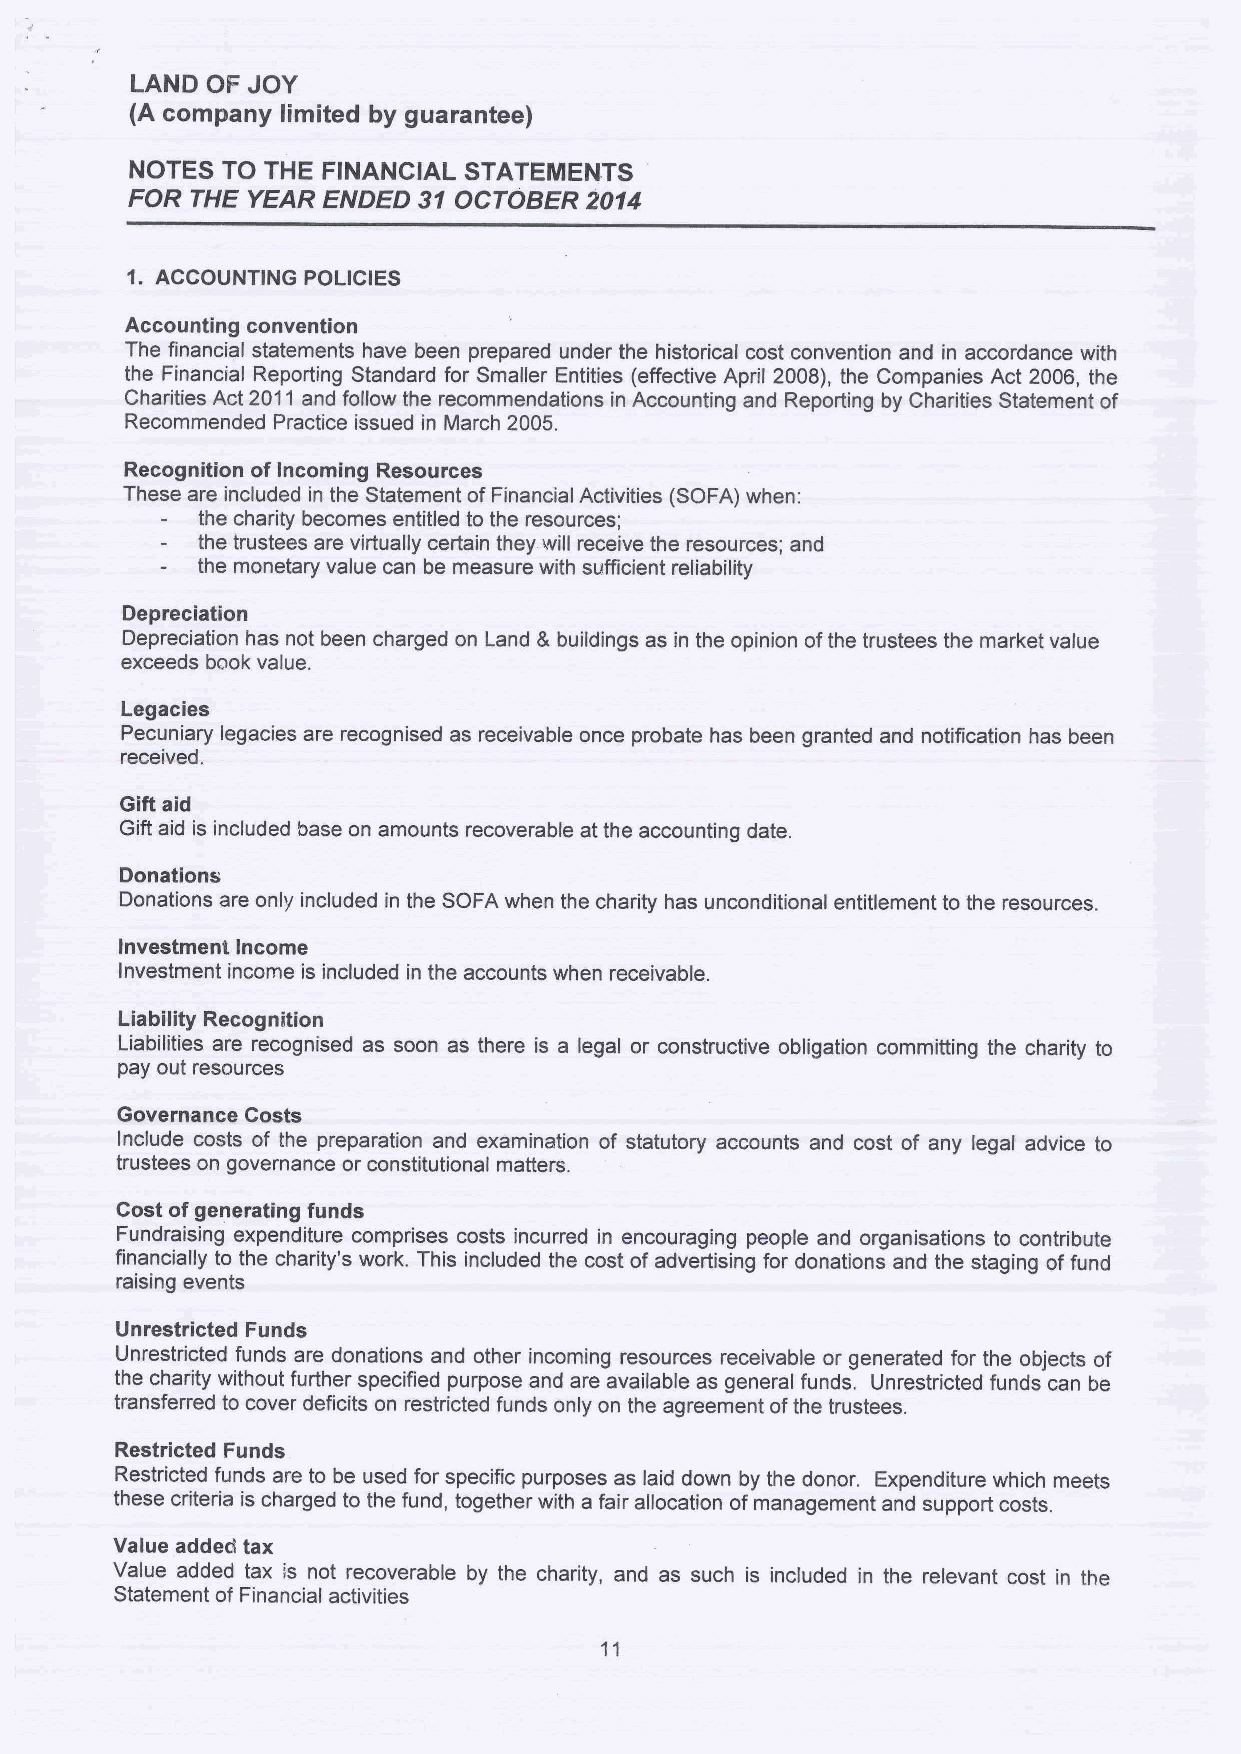
LAND OF JOY
 (A company limited by guarantee)
 NOTES TO THE FINANCIAL STATEIIENTS
 FOR  THE YEAR ENDED 31OCTOBER  2014
 1. ACCOUNTING POLICIES
 Accounting convention
 The financial statements have been prepared under the historical cost convention and in accordance with
 the Financial Reporting Standard for Smaller Entities (effective April 2008), the Companies Act 2006, the
 Charities Act 2011 and follow the recommendations in Accounting and Reporting by Charities Statement of
 Recommended Practice issued in March 2005.
 Recognition of Incoming Resources
 These are included in the Statement ofFinancial Activities (SOFA) when:
 the charity becomes entitled to the resources;
 the trustees are virtually certain they. will receive the resources; and
 the monetary value can be measure with sufficient reliability
 Depreciation
 Depreciation has not been charged on Land &buildings as in the opinion ofthe trustees the market value
 exceeds book value.
 Legacies
 Pecuniary legacies are recognised as receivable once probate has been granted and notification has been
 received.
 Gift aid
 Gift aid is included base on amounts recoverable at the accounting date.
 Donations
 Donations are only included in the SOFA when the charity has unconditional entitlement to the resources.
 Investment Income
 Investment income is included in the accounts when receivable.
 Liability Recognition
 Liabilities are recognised as soon as there is a legal or constructive obligation committing the charity to
 pay out resources
 Governance Costs
 Include costs of the preparation and examination of statutory accounts and cost of any legal advice to
 trustees on governance or constitutional matters.
 Cost ofgenerating funds
 Fundraising expenditure comprises costs incurred in encouraging people and organisations to contribute
 financially to the charity's work. This included the cost ofadvertising for donations and the staging offund
 raising events
 Unrestricted Funds
 Unrestricted funds are donations and other incoming resources receivable or generated for the objects of
 the charity without further specified purpose and are available as general funds. Unrestricted funds can be
 transferred to cover deficits on restricted funds only on the agreement ofthe trustees.
 Restricted Funds
 Restricted funds are to be used for specific purposes as laid down by the donor. Expenditure which meets
 these criteria is charged to the fund, together with a fair allocation ofmanagement and support costs.
 Value added tax
 Value added tax is not recoverable by the charity, and as such is included in the relevant cost in the
 Statement of Financial activities
 11